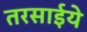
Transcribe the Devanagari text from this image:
तरसाईये